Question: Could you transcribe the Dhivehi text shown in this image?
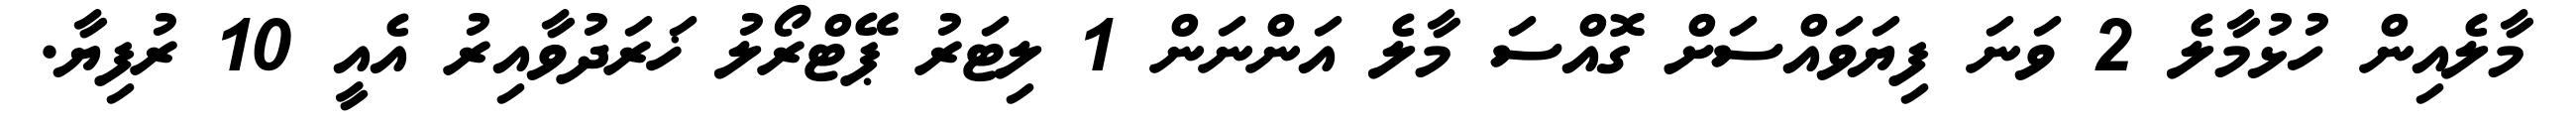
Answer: މާލެއިން ހުޅުމާލެ 2 ވަނަ ފިޔަވައްސަށް ގޮއްސަ މާލެ އަންނަން 1 ލިޓަރު ޕޭޓްރޯލު ޚަރަދުވާއިރު އެއީ 10 ރުފިޔާ.